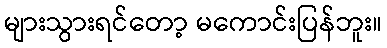
များသွားရင်တော့ မကောင်းပြန်ဘူး။